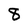
Character: 8